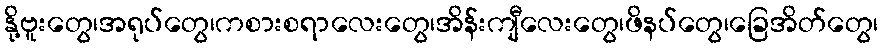
နို့ဗူးတွေ၊အရုပ်တွေ၊ကစားစရာလေးတွေ၊အိန်းကျီလေးတွေ၊ဖိနပ်တွေ၊ခြေအိတ်တွေ၊